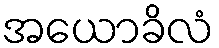
အယောခိလံ